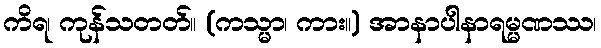
ကိရ၊ ကုန်သတတ်။ (ကသ္မာ၊ ကား။) အာနာပါနာရမ္မဏဿ၊